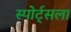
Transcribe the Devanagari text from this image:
स्पोर्ट्सला